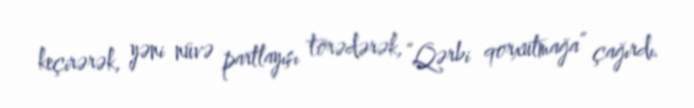
keçirərək, yəni nüvə partlayışı törədərək, “Qərbi qorxutmağa” çağırdı.